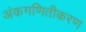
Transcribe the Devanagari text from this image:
अंकगणितीकरण